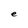
Character: e